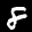
Label: 8